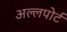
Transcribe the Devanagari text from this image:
अल्लपोर्ट